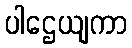
ပါဌေယျကာ